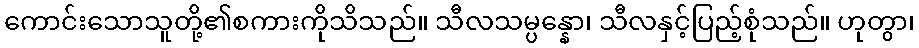
ကောင်းသောသူတို့၏စကားကိုသိသည်။ သီလသမ္ပန္နော၊ သီလနှင့်ပြည့်စုံသည်။ ဟုတွာ၊